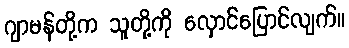
ဂျာမန်တို့က သူတို့ကို လှောင်ပြောင်လျက်။